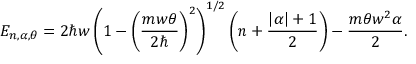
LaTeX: E _ { n , \alpha , \theta } = 2 \hbar w \left( 1 - \left( \frac { m w \theta } { 2 \hbar } \right) ^ { 2 } \right) ^ { 1 / 2 } \left( n + \frac { \left| \alpha \right| + 1 } { 2 } \right) - \frac { m \theta w ^ { 2 } \alpha } { 2 } .